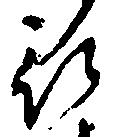
被